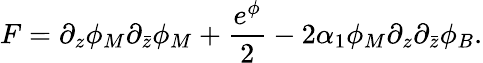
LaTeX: F=\partial_{z}\phi_{M}\partial_{\bar{z}}\phi_{M}+\frac{e^{\phi}}{2}-2\alpha_{1}\phi_{M}\partial_{z}\partial_{\bar{z}}\phi_{B}.